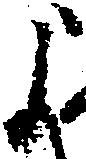
よ